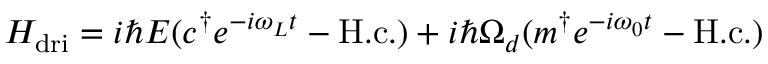
H _ { \mathrm { d r i } } = i \hbar E ( c ^ { \dagger } e ^ { - i \omega _ { L } t } - \mathrm { H . c . } ) + i \hbar \Omega _ { d } ( m ^ { \dagger } e ^ { - i \omega _ { 0 } t } - \mathrm { H . c . } )